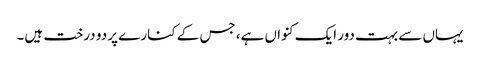
یہاں سے بہت دور ایک کنواں ہے، جس کے کنارے پر دو درخت ہیں۔